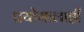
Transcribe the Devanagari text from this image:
प्रयोगालाही